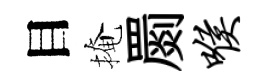
目掩罽喉